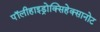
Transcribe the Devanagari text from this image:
पॉलीहाइड्रोक्सिहेक्सानोट